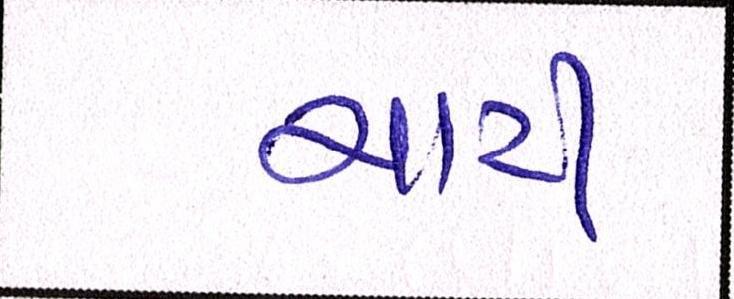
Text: ચાટી